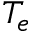
T _ { e }